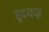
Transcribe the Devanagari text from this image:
हृदयफ़